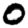
Digit: 0